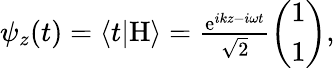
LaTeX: \begin{array}{r}{\psi_{z}(t)=\langle t|\mathrm{H}\rangle=\frac{\mathrm{e}^{ikz-i\omega t}}{\sqrt{2}}\left(\begin{array}{c}{1}\\ {1}\end{array}\right),}\end{array}